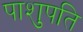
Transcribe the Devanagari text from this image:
पाशुपति